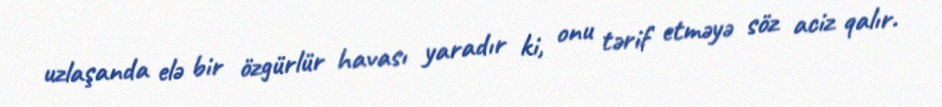
uzlaşanda elə bir özgürlür havası yaradır ki, onu tərif etməyə söz aciz qalır.